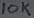
Text: 10K